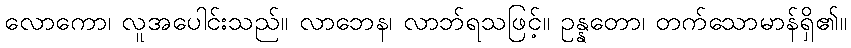
လောကော၊ လူအပေါင်းသည်။ လာဘေန၊ လာဘ်ရသဖြင့်။ ဥန္နတော၊ တက်သောမာန်ရှိ၏။